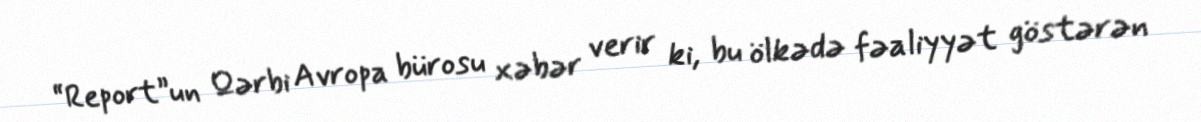
“Report”un Qərbi Avropa bürosu xəbər verir ki, bu ölkədə fəaliyyət göstərən